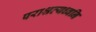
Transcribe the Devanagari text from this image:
पराश्रव्यध्वनि